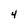
Character: 4